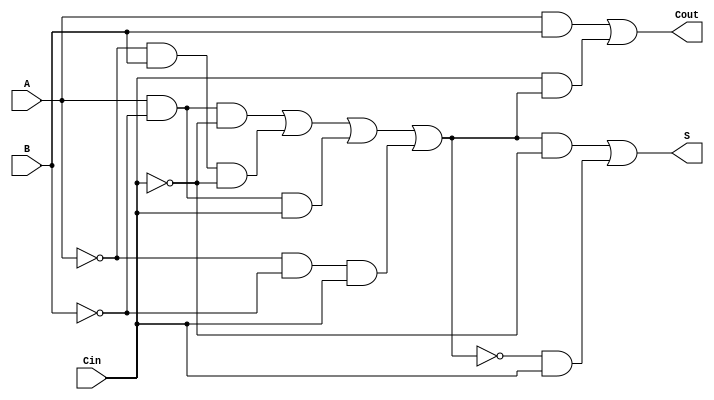
module TG_FullAdder (
    input wire A,      // First binary input
    input wire B,      // Second binary input
    input wire Cin,    // Carry-in input
    output wire S,     // Sum output
    output wire Cout   // Carry-out output
);

    // Intermediate wires
    wire AB;           // A AND B
    wire A_xor_B;     // A XOR B

    // Transmission Gates for A XOR B
    assign A_xor_B = (A & ~B & ~Cin) | (~A & B & ~Cin) | (A & ~B & Cin) | (~A & ~B & Cin);
    
    // Sum output (S = A XOR B XOR Cin)
    assign S = (A_xor_B & ~Cin) | (~A_xor_B & Cin);

    // Carry-out (Cout = (A AND B) OR (Cin AND (A XOR B)))
    assign AB = A & B; // A AND B
    assign Cout = AB | (Cin & A_xor_B); // Cout calculation

endmodule